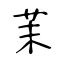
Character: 茉